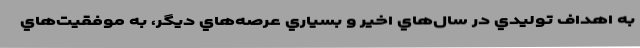
به اهداف توليدي در سال‌هاي اخير و بسياري عرصه‌هاي ديگر، به موفقيت‌هاي